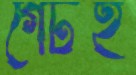
গেটই